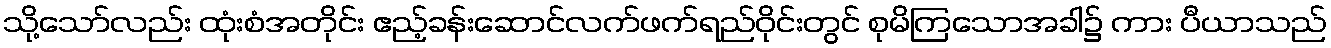
သို့သော်လည်း ထုံးစံအတိုင်း ဧည့်ခန်းဆောင်လက်ဖက်ရည်ဝိုင်းတွင် စုမိကြသောအခါ၌ ကား ပီယာသည်